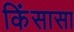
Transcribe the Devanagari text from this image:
किंसासा